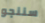
سننجو